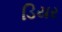
ડિયર